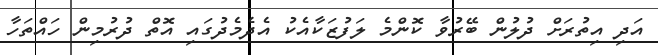
އަދި އިތުރަށް ދުލުން ބޭރުވާ ކޮންމެ ލަފުޒަކާއެކު އެދެމެދުގައި އޮތް ދުރުމިން ހައްތަހާ